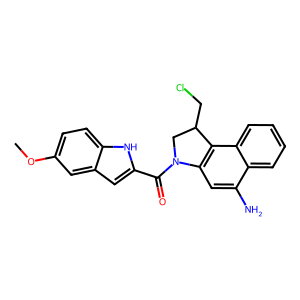
SMILES: COc1ccc2[nH]c(C(=O)N3CC(CCl)c4c3cc(N)c3ccccc43)cc2c1
Inhibits HIV replication: No